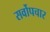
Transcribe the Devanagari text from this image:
सर्वोपचार